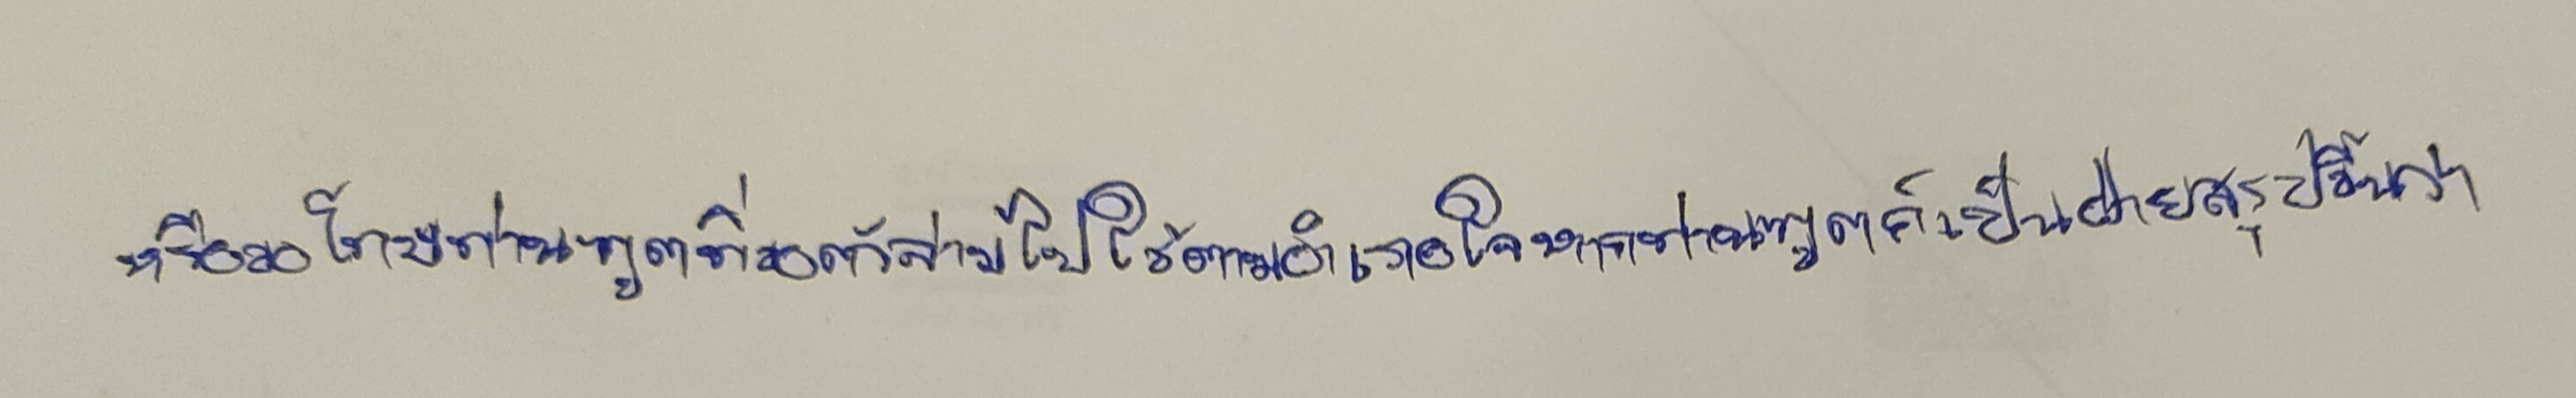
หรือขอโทษท่านทูตที่ขอตัวล่ามไปใช้ตามอำเภอใจหากท่านทูตก็เป็นฝ่ายสรุปขึ้นว่า